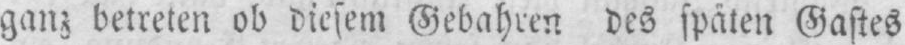
ganz betreten ob diesem Gebahren des späten Gastes